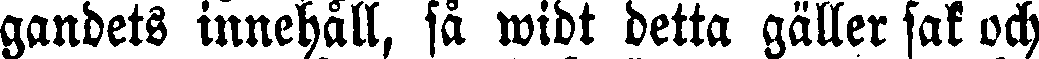
aandets innehåll, så widt detta gäller sak och